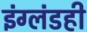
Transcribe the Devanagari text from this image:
इंग्लंडही